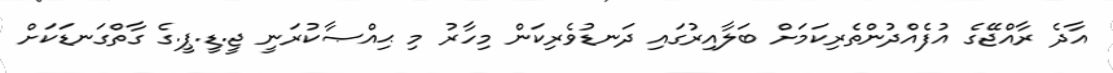
އާދެ ރާއްޖޭގެ އުފެއްދުންތެރިކަމަށް ބަލާއިރުގައި ދަނޑުވެރިކަން މިހާރު މި ޙިއްޞާކުރަނީ ޖީ.ޑީ.ޕީ.ގެ ގާތްގަނޑަކަށް